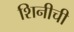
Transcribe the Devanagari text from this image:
शिनीची